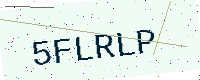
Text: 5FLRLP